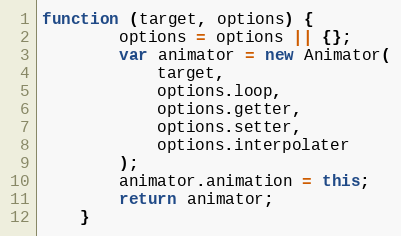
Language: JavaScript
function (target, options) {
        options = options || {};
        var animator = new Animator(
            target,
            options.loop,
            options.getter,
            options.setter,
            options.interpolater
        );
        animator.animation = this;
        return animator;
    }